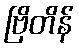
ဗြိတိန်